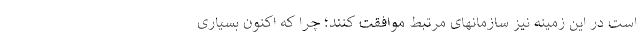
است در این زمینه نیز سازمانهای مرتبط موافقت کنند؛ چرا که اکنون بسیاری